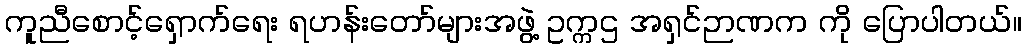
ကူညီစောင့်ရှောက်ရေး ရဟန်းတော်များအဖွဲ့ ဥက္ကဌ အရှင်ဉာဏက ကို ပြောပါတယ်။